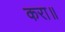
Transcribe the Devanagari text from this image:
करा॥